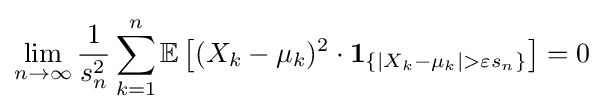
\lim _{n\to \infty }{\frac {1}{s_{n}^{2}}}\sum _{k=1}^{n}\mathbb {E} \left[(X_{k}-\mu _{k})^{2}\cdot \mathbf {1} _{\{|X_{k}-\mu _{k}|>\varepsilon s_{n}\}}\right]=0